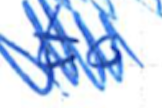
Text: to
Cross-out: scratch
Writing tool: ballpoint